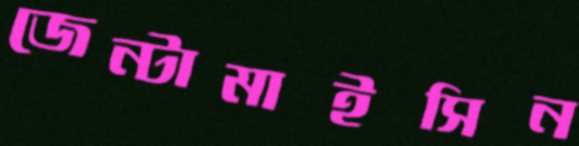
জেন্টামাইসিন